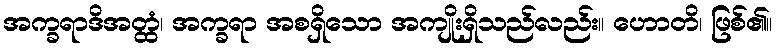
အက္ခရာဒိအတ္ထံ၊ အက္ခရာ အစရှိသော အကျိုးရှိသည်လည်း။ ဟောတိ၊ ဖြစ်၏။